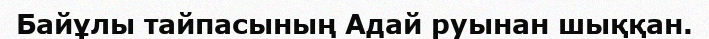
Байұлы тайпасының Адай руынан шыққан.